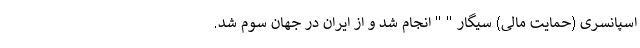
اسپانسری (حمایت مالی) سیگار " " انجام شد و از ایران در جهان سوم شد.